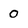
Character: O